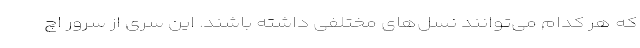
که هر کدام می‌توانند نسل‌های مختلفی داشته باشند. این سری از سرور اچ